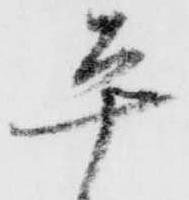
平